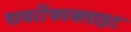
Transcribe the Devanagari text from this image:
पायरोंफायलाइट